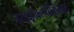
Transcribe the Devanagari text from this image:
हाइड्रोक्लोरीसंजात